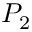
P _ { 2 }